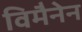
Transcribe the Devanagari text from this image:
विमैनेन